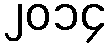
၂၀၁၄